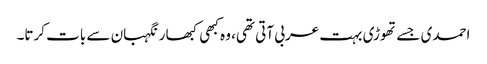
احمدی جسے تھوڑی بہت عربی آتی تھی، وہ کبھی کبھار نگہبان سے بات کرتا۔